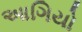
આગિયો